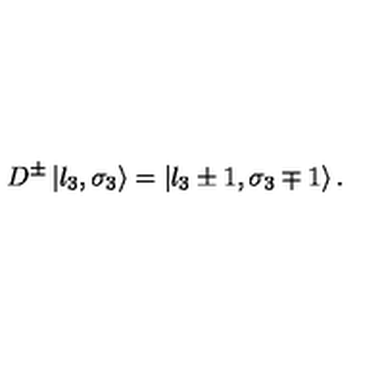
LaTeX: D ^ { \pm } \left| l _ { 3 } , \sigma _ { 3 } \right\rangle = \left| l _ { 3 } \pm 1 , \sigma _ { 3 } \mp 1 \right\rangle .